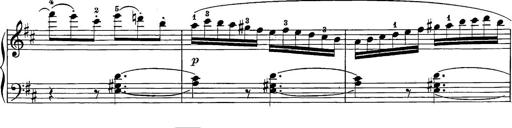
Title: 12 Sonatine per Pianoforte
Composer: Friedrich Kuhlau